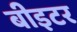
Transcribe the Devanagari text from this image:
बीइटर